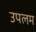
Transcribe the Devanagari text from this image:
उपलम